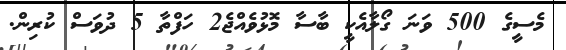
މެސީގެ 500 ވަނަ ގޯލާއެކީ ބާސާ މޮޅުވެއްޖެ2 ހަފްތާ 5 ދުވަސް ކުރިން.